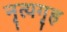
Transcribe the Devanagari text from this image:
नृत्यगृह